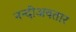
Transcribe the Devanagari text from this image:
नन्दीअवतार